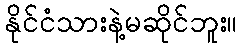
နိုင်ငံသားနဲ့မဆိုင်ဘူး။